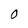
Character: 0